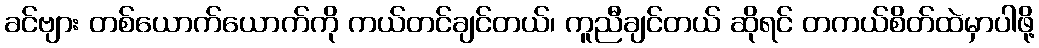
ခင်ဗျား တစ်ယောက်ယောက်ကို ကယ်တင်ချင်တယ်၊ ကူညီချင်တယ် ဆိုရင် တကယ်စိတ်ထဲမှာပါဖို့